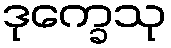
ဒုက္ခေသု